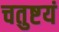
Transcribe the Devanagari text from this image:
चतुष्टयं